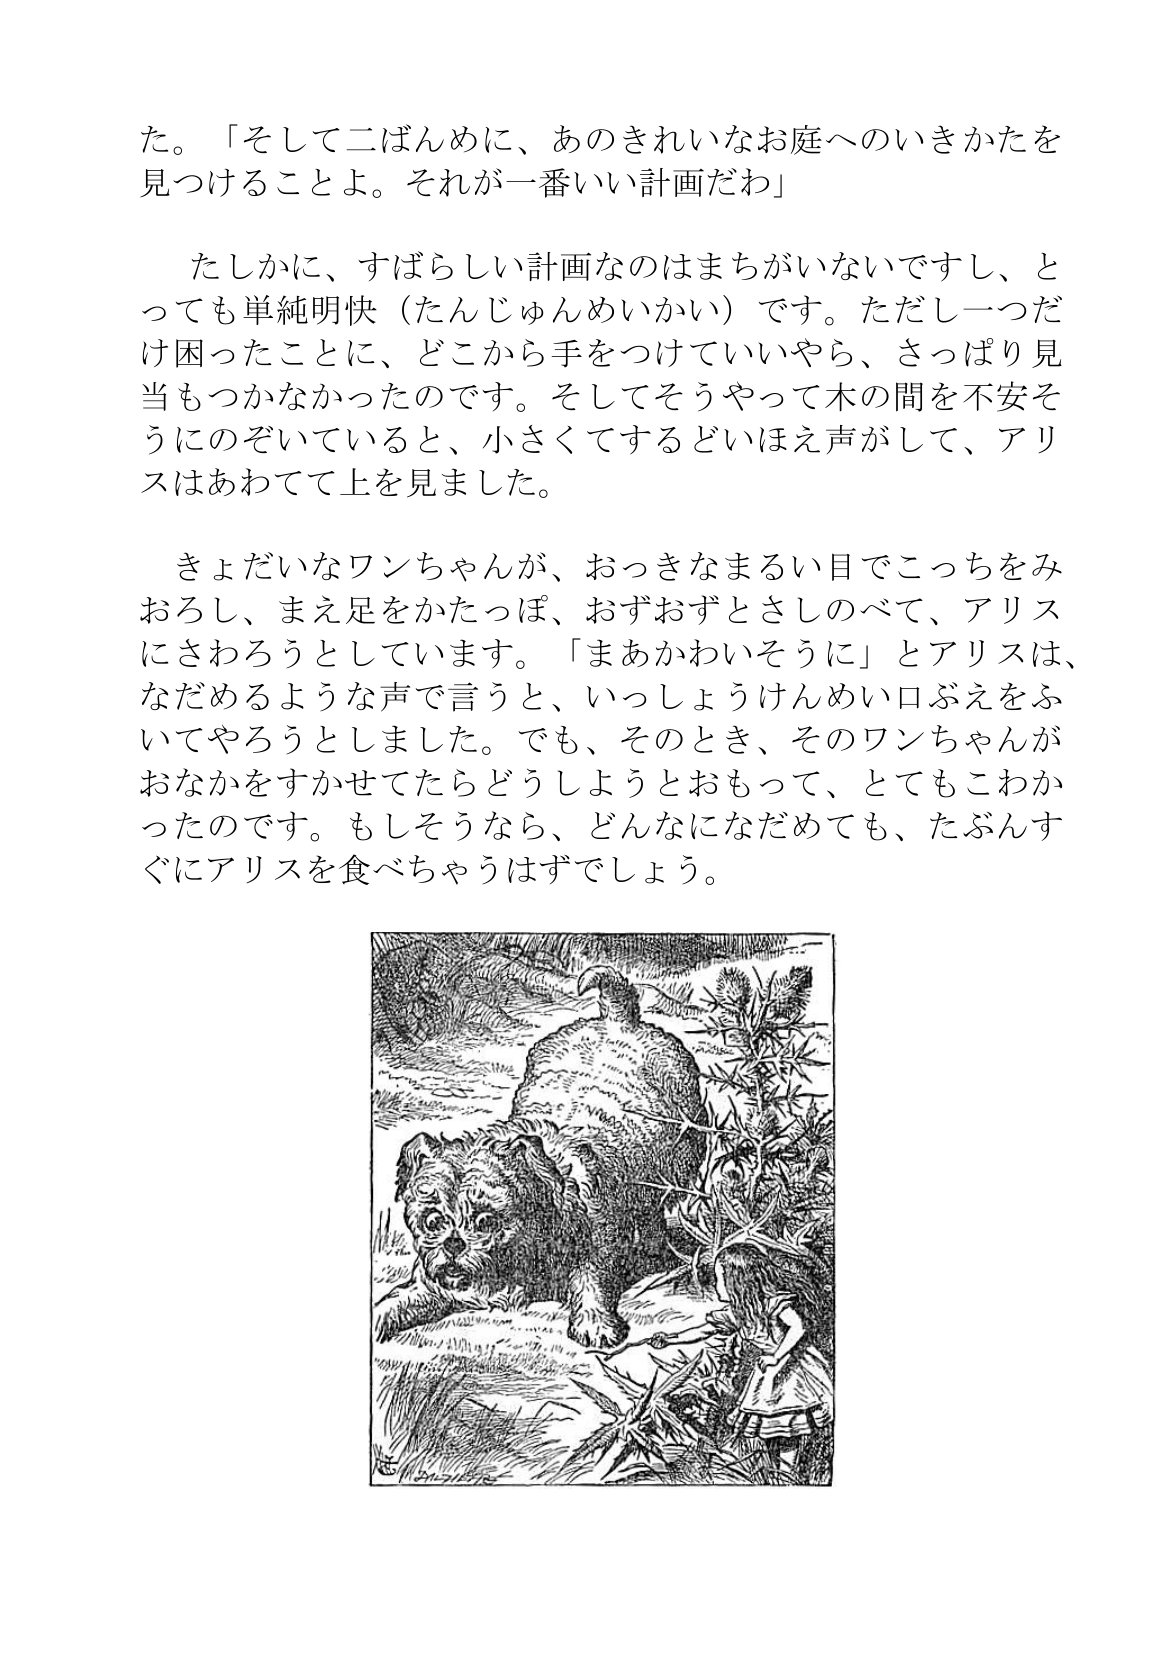
Language: ja